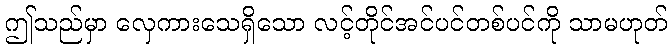
ဤသည်မှာ လှေကားသေရှိသော လင့်တိုင်အင်ပင်တစ်ပင်ကို သာမဟုတ်